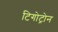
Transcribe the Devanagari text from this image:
टिगोट्रोन